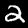
Digit: 2